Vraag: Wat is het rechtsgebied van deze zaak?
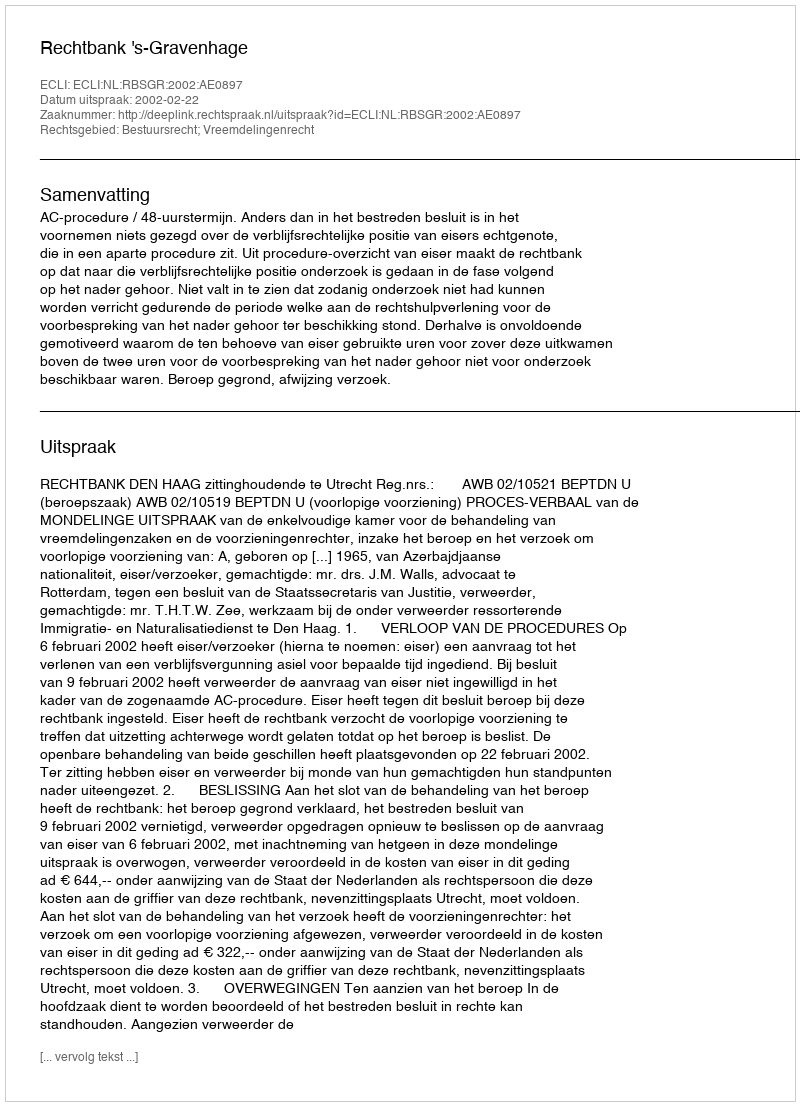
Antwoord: Bestuursrecht; Vreemdelingenrecht